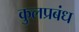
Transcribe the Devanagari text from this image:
कुलप्रबंध